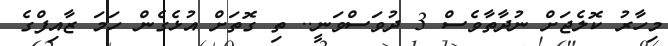
މިހާރު ކޮލެޖަށް ނުދާތާވެސް 3 ދުވަސްވަނީ.. ތި ގޮތަށް އުޅެގެން ހަމަ ޒާއިފްގެ